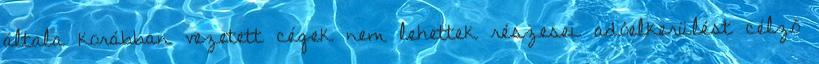
általa korábban vezetett cégek nem lehettek részesei adóelkerülést célzó